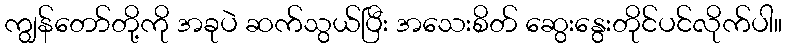
ကျွန်တော်တို့ကို အခုပဲ ဆက်သွယ်ပြီး အသေးစိတ် ဆွေးနွေးတိုင်ပင်လိုက်ပါ။